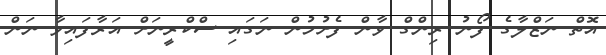
އޮތް ނަޒްލާގެ ފޯނު ރިންގް ވާން ފެށުމުން ނަގައި ސްކްރީނަށް އަރާފައިވާ ނަން